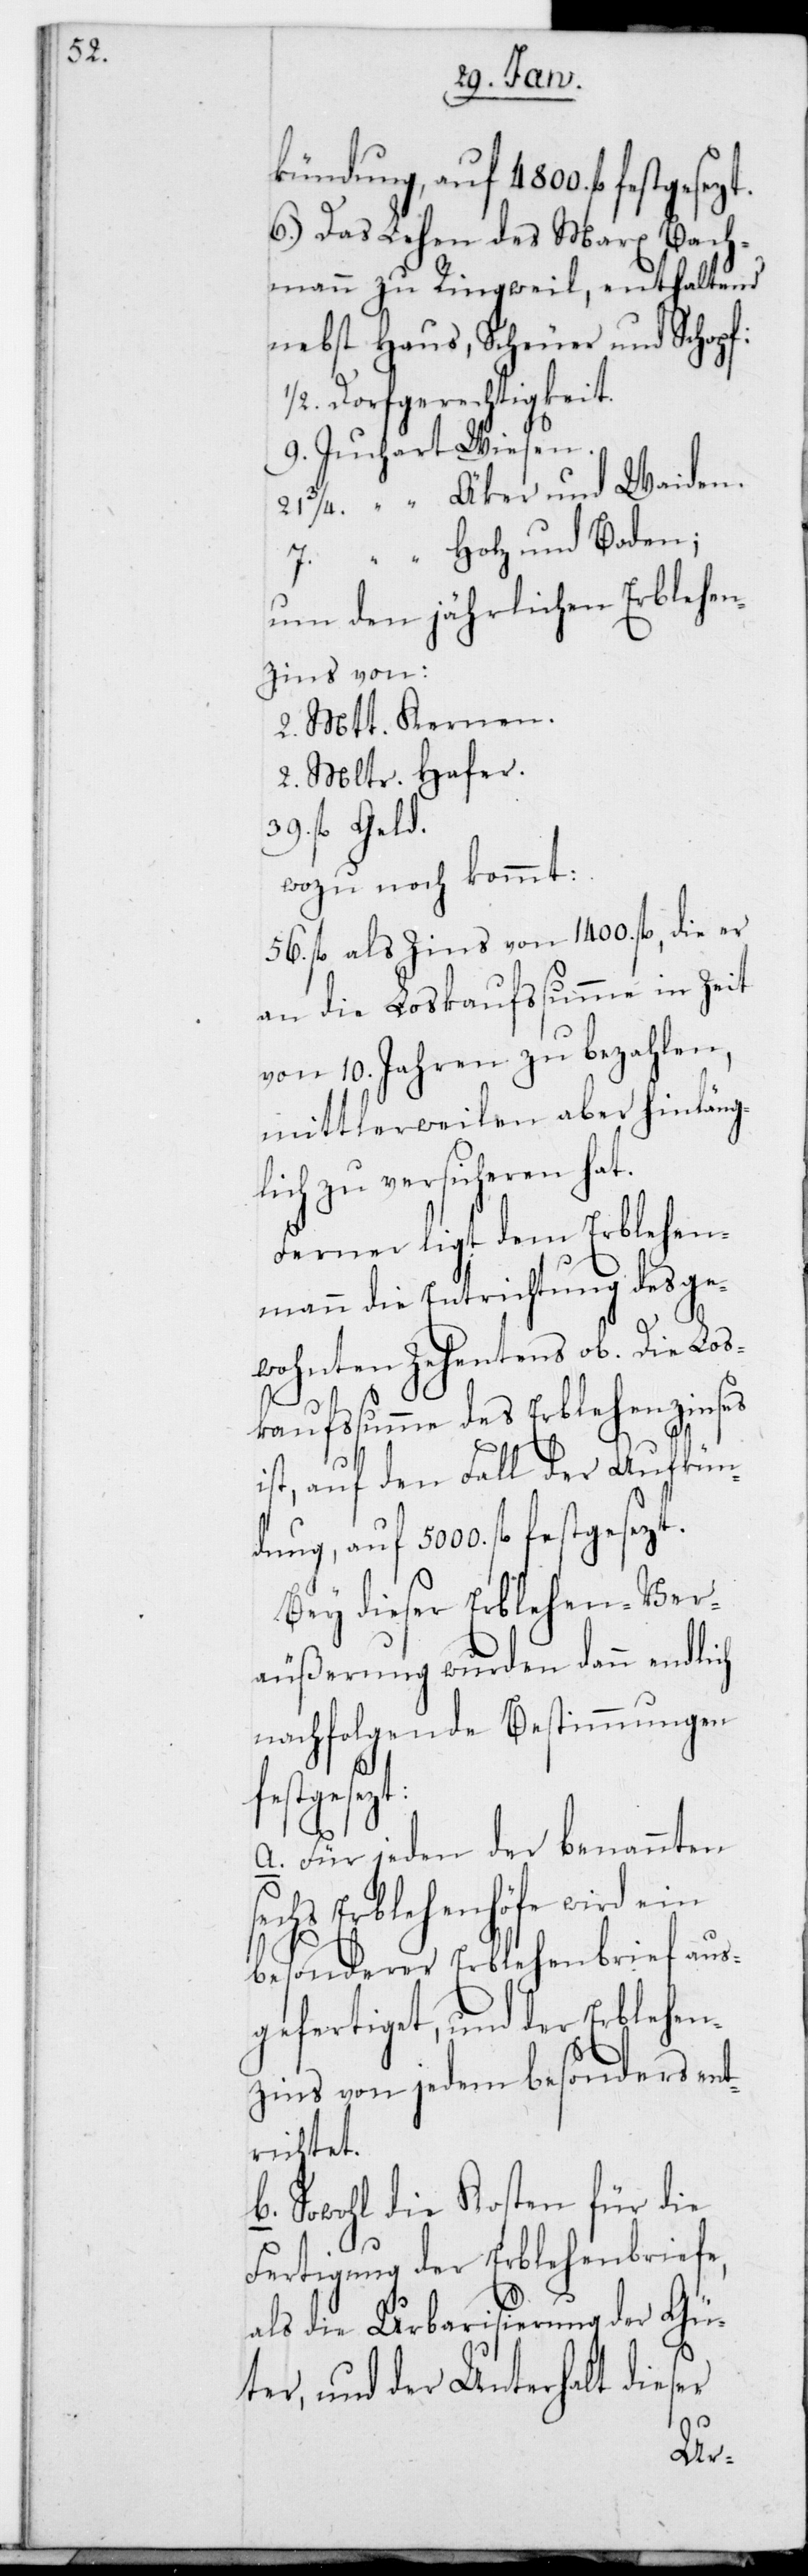
kündung auf 4800. fl. festg¬
6.) Das Lehen des Marx Bach¬
mann zu Ringweil, enthaltend
nebst Haus, Scheuer und Schopf:
1/2. Dorfgerechtigkeit.
9. Juchart Wiesen.
21 3/4. “ Äcker und Weiden.
7. “ Holz und Boden;
um den jährlichen Erblehen¬
zins von:
2. Mtt Kernen.
2. Mltr Hafer.
39. fl. Geld.
wozu noch kommt
56. fl. als Zins von 1400. fl., die er
an die Loskaufssumme in Zeit
von 10. Jahren zu bezahlen,
mittlerweilen aber hinläng¬
ch zu versicheren hat.
Ferner ligt dem Erblehen¬
mann die Entrichtung des ge¬
wohnten Zehentens ob. Die Los¬
kaufssumme des Erblehenzinses
ist, auf den Fall der Aufkün¬
dung, auf 5000. fl. fest¬
Bey dieser Erblehenver¬
äußerung wurden dann endlich
nachfolgende Bestimmungen
sech¬
a. Für jeden der benannten
s Erblehenhöfe wird ein
besonderer Erblehenbrief aus¬
gefertiget und der Erblehen¬
zins von jedem besonders ent¬
richtet.
b. Sowohl die Kosten für die
Fertigung der Erblehenbriefe
als die Urbanisierung der Gü¬
ter, und der Unterhalt dieser
li¬